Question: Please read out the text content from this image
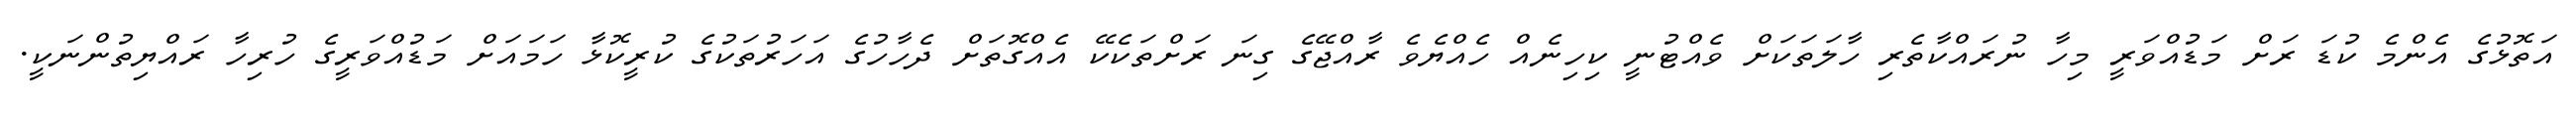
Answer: އަތޮޅުގެ އެންމެ ކުޑަ ރަށް މަޑުއްވަރީ މިހާ ނުރައްކާތެރި ހާލަތަކަށް ވެއްޓުނީ ކިހިނެއް ހެއްޔެވެ ރާއްޖޭގެ ގިނަ ރަށްތަކެކޭ އެއްގޮތަށް ދެހާހުގެ އަހަރުތަކުގެ ކުރީކޮޅާ ހަމައަށް މަޑުއްވަރީގެ ހުރިހާ ރައްޔިތުންނަކީ.